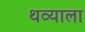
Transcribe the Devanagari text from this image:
थव्याला